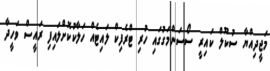
މަޖީދިއްޔާ ސުކޫލް ކައިރީ ސޯސަންމަގުގައި ހުރި ޓްރެފިކް ލައިޓެއް ހަލާކުކޮށްލައިފި ރައީސް ވަހީދާ